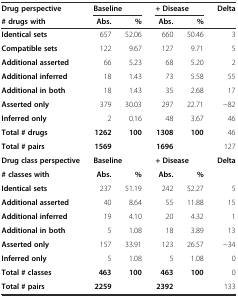
| Drug perspective | <COLSPAN=2> Baseline | <COLSPAN=2> + Disease | Delta |
 | # drugs with | Abs. | % | Abs. | % |  |
 | --- | --- | --- | --- | --- | --- |
 | Identical sets | 657 | 52.06 | 660 | 50.46 | 3 |
 | Compatible sets | 122 | 9.67 | 127 | 9.71 | 5 |
 | Additional asserted | 66 | 5.23 | 68 | 5.20 | 2 |
 | Additional inferred | 18 | 1.43 | 73 | 5.58 | 55 |
 | Additional in both | 18 | 1.43 | 35 | 2.68 | 17 |
 | Asserted only | 379 | 30.03 | 297 | 22.71 | −82 |
 | Inferred only | 2 | 0.16 | 48 | 3.67 | 46 |
 | Total # drugs | 1262 | 100 | 1308 | 100 | 46 |
 | Total # pairs | 1569 |  | 1696 |  | 127 |
 | Drug class perspective | <COLSPAN=2> Baseline | <COLSPAN=2> + Disease | Delta |
 | # classes with | Abs. | % | Abs. | % |  |
 | Identical sets | 237 | 51.19 | 242 | 52.27 | 5 |
 | Additional asserted | 40 | 8.64 | 55 | 11.88 | 15 |
 | Additional inferred | 19 | 4.10 | 20 | 4.32 | 1 |
 | Additional in both | 5 | 1.08 | 18 | 3.89 | 13 |
 | Asserted only | 157 | 33.91 | 123 | 26.57 | −34 |
 | Inferred only | 5 | 1.08 | 5 | 1.08 | 0 |
 | Total # classes | 463 | 100 | 463 | 100 | 0 |
 | Total # pairs | 2259 |  | 2392 |  | 133 |